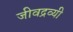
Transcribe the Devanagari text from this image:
जीवद्रव्यी